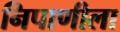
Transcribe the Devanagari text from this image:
निपाणीला